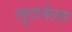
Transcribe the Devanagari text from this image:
लुटलेला